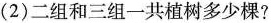
(2)二组和三组一共植树多少棵?